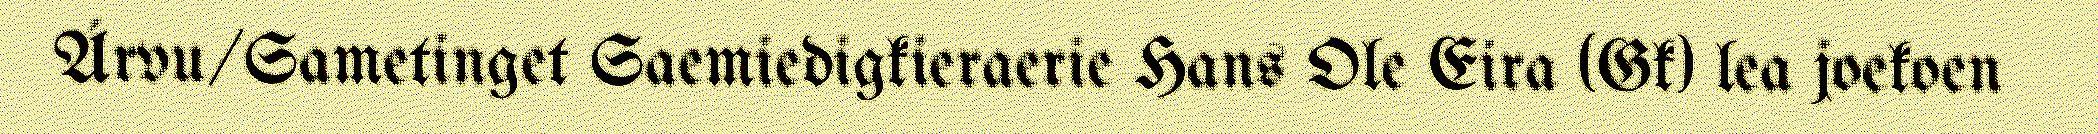
Árvu/Sametinget Saemiedigkieraerie Hans Ole Eira (Gk) lea joekoen